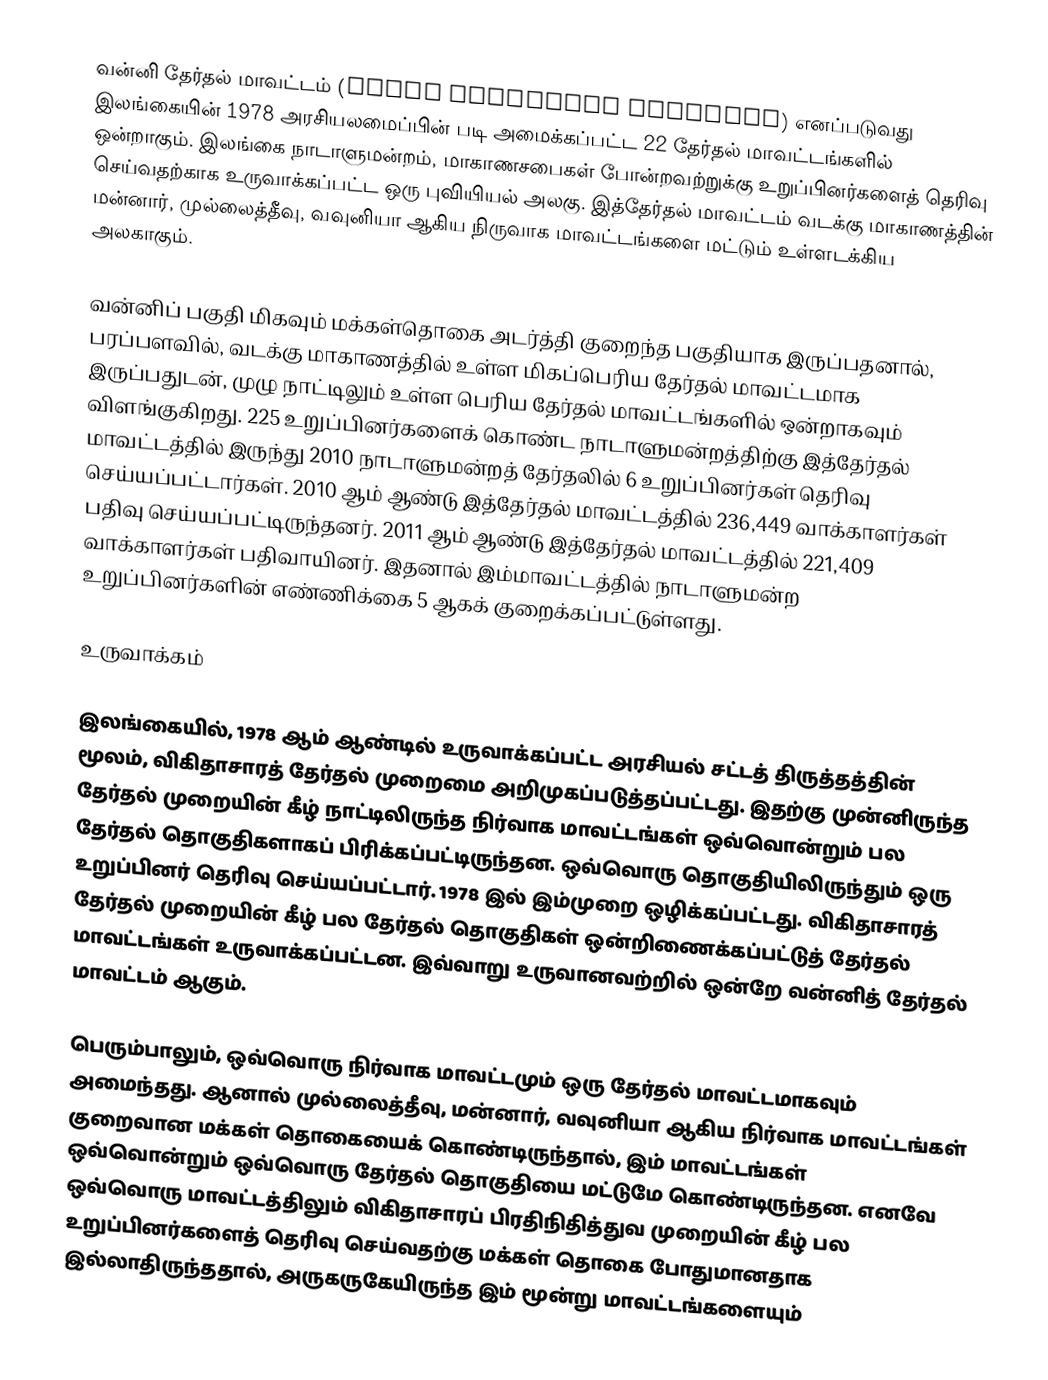
வன்னி தேர்தல் மாவட்டம் (Vanni Electoral District) எனப்படுவது  இலங்கையின் 1978 அரசியலமைப்பின் படி அமைக்கப்பட்ட 22 தேர்தல் மாவட்டங்களில் ஒன்றாகும். இலங்கை நாடாளுமன்றம், மாகாணசபைகள் போன்றவற்றுக்கு உறுப்பினர்களைத் தெரிவு செய்வதற்காக உருவாக்கப்பட்ட ஒரு புவியியல் அலகு. இத்தேர்தல் மாவட்டம் வடக்கு மாகாணத்தின் மன்னார், முல்லைத்தீவு, வவுனியா ஆகிய நிருவாக மாவட்டங்களை மட்டும் உள்ளடக்கிய அலகாகும்.

வன்னிப் பகுதி மிகவும் மக்கள்தொகை அடர்த்தி குறைந்த பகுதியாக இருப்பதனால், பரப்பளவில், வடக்கு மாகாணத்தில் உள்ள மிகப்பெரிய தேர்தல் மாவட்டமாக இருப்பதுடன், முழு நாட்டிலும் உள்ள பெரிய தேர்தல் மாவட்டங்களில் ஒன்றாகவும் விளங்குகிறது. 225 உறுப்பினர்களைக் கொண்ட நாடாளுமன்றத்திற்கு இத்தேர்தல் மாவட்டத்தில் இருந்து 2010 நாடாளுமன்றத் தேர்தலில் 6 உறுப்பினர்கள் தெரிவு செய்யப்பட்டார்கள். 2010 ஆம் ஆண்டு இத்தேர்தல் மாவட்டத்தில்  236,449 வாக்காளர்கள் பதிவு செய்யப்பட்டிருந்தனர். 2011 ஆம் ஆண்டு இத்தேர்தல் மாவட்டத்தில் 221,409 வாக்காளர்கள் பதிவாயினர். இதனால் இம்மாவட்டத்தில் நாடாளுமன்ற உறுப்பினர்களின் எண்ணிக்கை 5 ஆகக் குறைக்கப்பட்டுள்ளது.

உருவாக்கம்

இலங்கையில், 1978 ஆம் ஆண்டில் உருவாக்கப்பட்ட அரசியல் சட்டத் திருத்தத்தின் மூலம், விகிதாசாரத் தேர்தல் முறைமை அறிமுகப்படுத்தப்பட்டது. இதற்கு முன்னிருந்த தேர்தல் முறையின் கீழ் நாட்டிலிருந்த நிர்வாக மாவட்டங்கள் ஒவ்வொன்றும் பல தேர்தல் தொகுதிகளாகப் பிரிக்கப்பட்டிருந்தன. ஒவ்வொரு தொகுதியிலிருந்தும் ஒரு உறுப்பினர் தெரிவு செய்யப்பட்டார். 1978 இல் இம்முறை ஒழிக்கப்பட்டது. விகிதாசாரத் தேர்தல் முறையின் கீழ் பல தேர்தல் தொகுதிகள் ஒன்றிணைக்கப்பட்டுத் தேர்தல் மாவட்டங்கள் உருவாக்கப்பட்டன. இவ்வாறு உருவானவற்றில் ஒன்றே வன்னித் தேர்தல் மாவட்டம் ஆகும்.

பெரும்பாலும், ஒவ்வொரு நிர்வாக மாவட்டமும் ஒரு தேர்தல் மாவட்டமாகவும் அமைந்தது. ஆனால் முல்லைத்தீவு, மன்னார், வவுனியா ஆகிய நிர்வாக மாவட்டங்கள் குறைவான மக்கள் தொகையைக் கொண்டிருந்தால், இம் மாவட்டங்கள் ஒவ்வொன்றும் ஒவ்வொரு தேர்தல் தொகுதியை மட்டுமே கொண்டிருந்தன. எனவே ஒவ்வொரு மாவட்டத்திலும் விகிதாசாரப் பிரதிநிதித்துவ முறையின் கீழ் பல உறுப்பினர்களைத் தெரிவு செய்வதற்கு மக்கள் தொகை போதுமானதாக இல்லாதிருந்ததால், அருகருகேயிருந்த இம் மூன்று மாவட்டங்களையும்